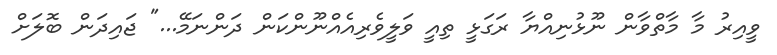
ވީއިރު މާ މާތްވާން ނޫޅުނިއްޔާ ރަގަޅީ ތިއީ ވަލީވެރިއެއްނޫންކަން ދަންނަމޭ..." ޖައިދަން ބޮލަށް